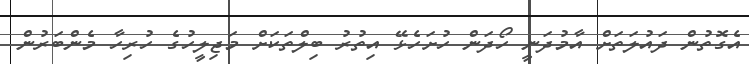
އެގޮތުން ދައުލަތަށް އާމުދަނީ ހޯދަން ހުށަހެޅޭ އިތުރު ބިލްތަކަށް މަޖިލީހުގެ ހުރިހާ މެންބަރުން